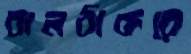
বালঠাকরে